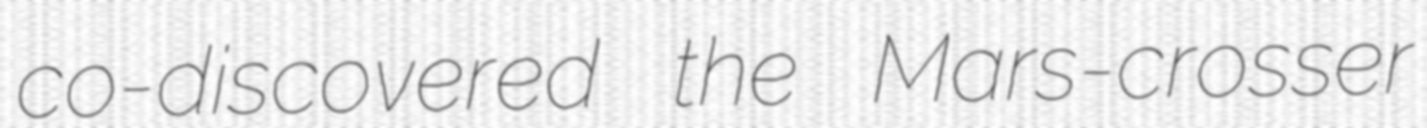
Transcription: co-discovered the Mars-crosser